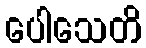
ပေါသေတိ